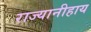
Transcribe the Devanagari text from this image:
राज्यानीहाय